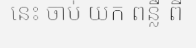
នេះ ចាប់ យក ពន្លឺ ពី